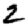
Digit: 2